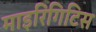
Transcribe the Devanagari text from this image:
माइरिंगिटिस